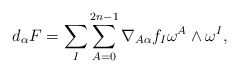
\begin{align*}\begin{aligned} d_\alpha F=\sum_{I}\sum_{A=0}^{2n-1} \nabla_{A\alpha}f_I \omega^A\wedge\omega^I, \end{aligned} \end{align*}